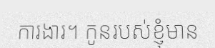
ការងារ។ កូនរបស់ខ្ញុំមាន